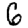
Digit: 6